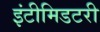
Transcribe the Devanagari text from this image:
इंटीमिडटरी